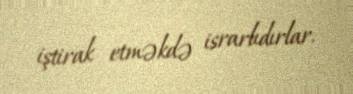
iştirak etməkdə israrlıdırlar.